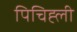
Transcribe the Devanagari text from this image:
पिचिह्ली